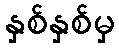
နှစ်နှစ်မှ